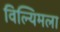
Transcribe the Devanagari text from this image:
विल्यिमला